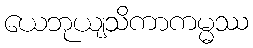
ယေဘုယျသိကာကမ္မဿ